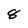
Character: 8